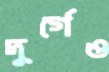
দুর্গেও